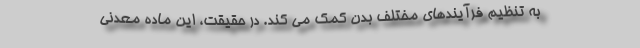
به تنظیم فرآیندهای مختلف بدن کمک می کند. در حقیقت، این ماده معدنی